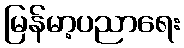
မြန်မာ့ပညာရေး